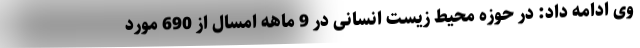
وی ادامه داد: در حوزه محیط زیست انسانی در 9 ماهه امسال از 690 مورد